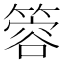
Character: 䈶